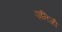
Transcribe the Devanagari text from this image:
पानिजी